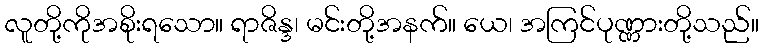
လူတို့ကိုအစိုးရသော။ ရာဇိန္ဒ၊ မင်းတို့အနက်။ ယေ၊ အကြင်ပုဏ္ဏားတို့သည်။